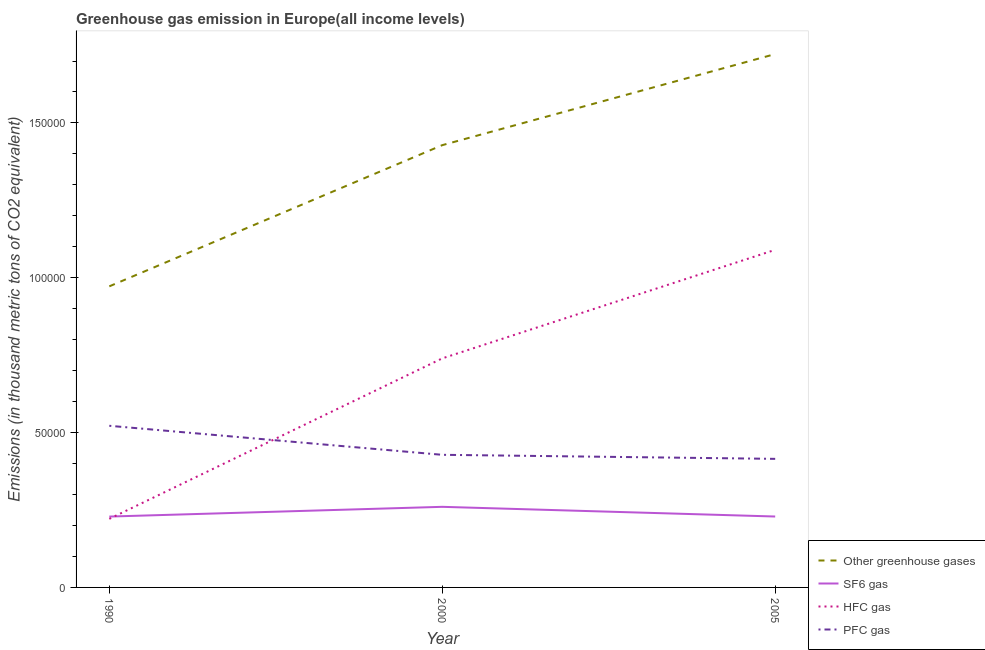
| Year | Other greenhouse gases | SF6 gas | HFC gas | PFC gas |
 | --- | --- | --- | --- | --- |
 | 1990 | 9.72e+04 | 2.29e+04 | 2.21e+04 | 5.22e+04 |
 | 2000 | 1.43e+05 | 2.6e+04 | 7.4e+04 | 4.28e+04 |
 | 2005 | 1.72e+05 | 2.29e+04 | 1.09e+05 | 4.15e+04 |